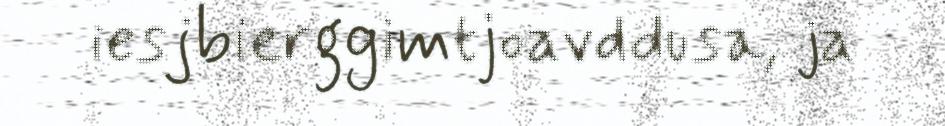
iesjbierggimtjoavddusa, ja